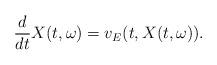
LaTeX: \begin{align*}\frac{d}{dt}X(t,\omega)=v_E(t,X(t,\omega)).\end{align*}